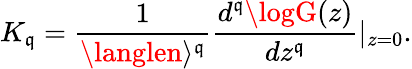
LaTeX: K_{\mathfrak{q}}=\frac{{1}}{{\langlen\rangle^{\mathfrak{q}}}}\frac{{d^{\mathfrak{q}}\logG(z)}}{{dz^{\mathfrak{q}}}}\vert_{z=0}.